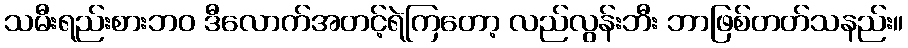
သမီးရည်းစားဘဝ ဒီလောက်အတင့်ရဲကြတော့ လည်လွန်းဘီး ဘာဖြစ်တတ်သနည်း။